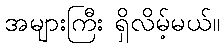
အများကြီး ရှိလိမ့်မယ်။